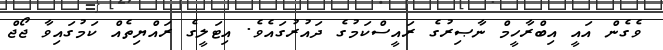
ވެގެން އައީ އިބްރާހީމް ނާޞިރުގެ ރައީސްކަމުގެ ދައުރުގައެވެ. އިޓަލީގެ ރައްޔިތެއް ކަމުގައިވާ ޖޯޖް